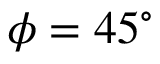
\phi = 4 5 ^ { \circ }